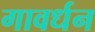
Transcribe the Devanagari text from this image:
गावर्धन